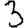
Digit: 3